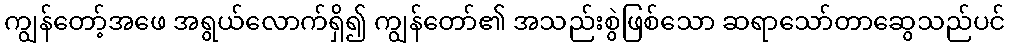
ကျွန်တော့်အဖေ အရွယ်လောက်ရှိ၍ ကျွန်တော်၏ အသည်းစွဲဖြစ်သော ဆရာသော်တာဆွေသည်ပင်